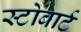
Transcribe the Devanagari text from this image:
स्टोबार्ट